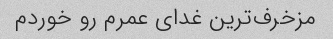
مزخرف‌ترین غدای عمرم رو خوردم